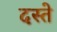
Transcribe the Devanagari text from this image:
दस्‍ते